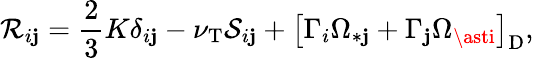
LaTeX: {\cal{R}}_{i\mathbf{j}}=\frac{{2}}{{3}}K\delta_{i\mathbf{j}}-\nu_{\mathrm{{{T}}}}{\cal{S}}_{i\mathbf{j}}+\left[{\Gamma_{i}\Omega_{\ast\mathbf{j}}+\Gamma_{\mathbf{j}}\Omega_{\asti}}\right]_{\mathrm{{{D}}}},